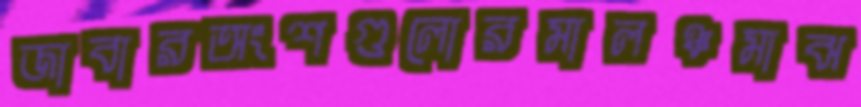
জাবারঅংশগুলোরমালঞ্চমাঝ